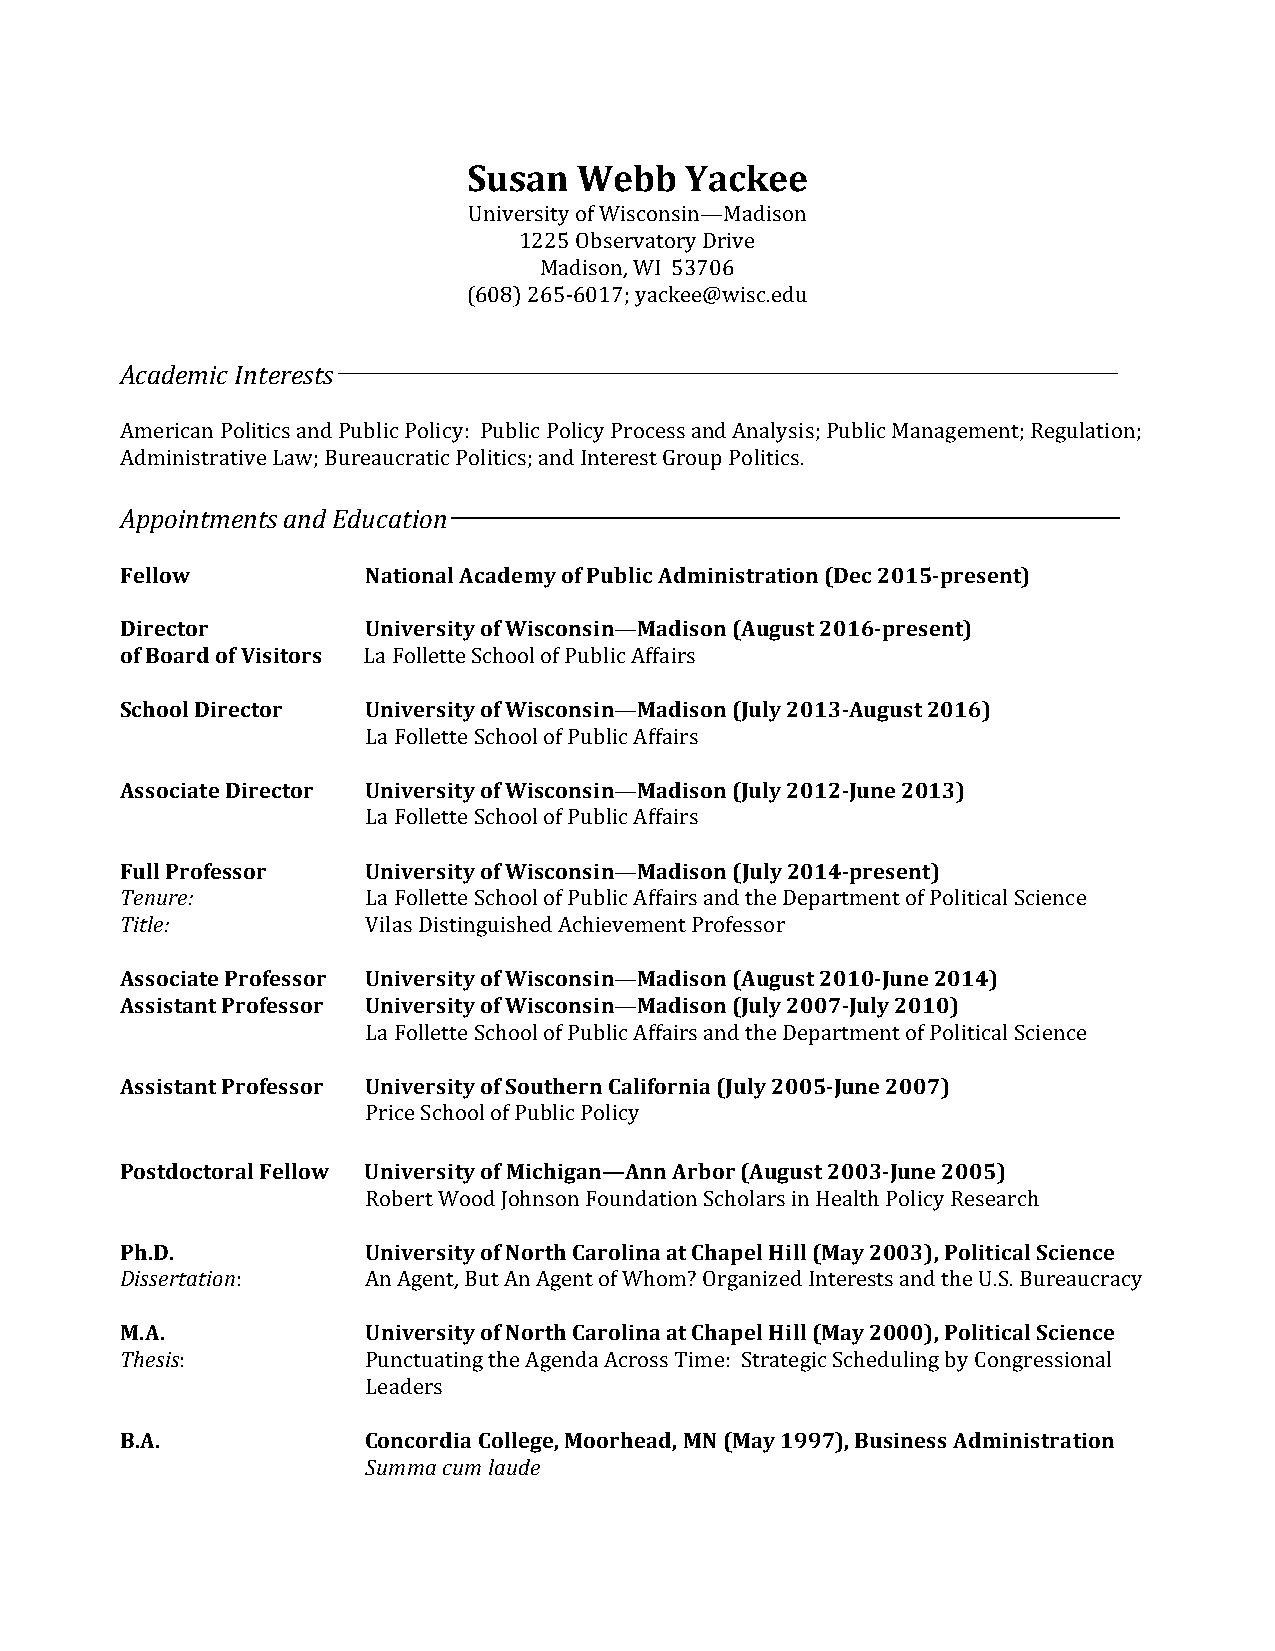
Susan  Webb   Yackee
 University of Wisconsin—Madison
 1225 Observatory Drive
 Madison, WI 53706
 (608) 265-­‐6017; yackee@wisc.edu
 Academic Interests
 American Politics and Public Policy: Public Policy Process and Analysis; Public Management; Regulation;
 Administrative Law; Bureaucratic Politics; and Interest Group Politics.
 Appointments and Education
 Fellow          National Academy of Public Administration (Dec 2015-­‐present)
 Director        University of Wisconsin—Madison (August 2016-­‐present)
 of Board of Visitors La Follette School of Public Affairs
 School Director University of Wisconsin—Madison (July 2013-­‐August 2016)
 La Follette School of Public Affairs
 Associate Director University of Wisconsin—Madison (July 2012-­‐June 2013)
 La Follette School of Public Affairs
 Full Professor  University of Wisconsin—Madison (July 2014-­‐present)
 Tenure:         La Follette School of Public Affairs and the Department of Political Science
 Title:          Vilas Distinguished Achievement Professor
 Associate Professor University of Wisconsin—Madison (August 2010-­‐June 2014)
 Assistant Professor University of Wisconsin—Madison (July 2007-­‐July 2010)
 La Follette School of Public Affairs and the Department of Political Science
 Assistant Professor University of Southern California (July 2005-­‐June 2007)
 Price School of Public Policy
 Postdoctoral Fellow University of Michigan—Ann Arbor (August 2003-­‐June 2005)
 Robert Wood Johnson Foundation Scholars in Health Policy Research
 Ph.D.           University of North Carolina at Chapel Hill (May 2003), Political Science
 Dissertation:   An Agent, But An Agent of Whom? Organized Interests and the U.S. Bureaucracy
 M.A.            University of North Carolina at Chapel Hill (May 2000), Political Science
 Thesis:         Punctuating the Agenda Across Time: Strategic Scheduling by Congressional
 Leaders
 B.A.            Concordia College, Moorhead, MN (May 1997), Business Administration
 Summa cum laude